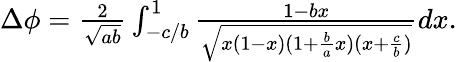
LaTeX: \begin{array}{r}{\Delta\phi=\frac{2}{\sqrt{ab}}\int_{-c/b}^{1}\frac{1-bx}{\sqrt{x(1-x)(1+\frac{b}{a}x)(x+\frac{c}{b})}}dx.}\end{array}